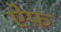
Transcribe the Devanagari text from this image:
ऐफ़